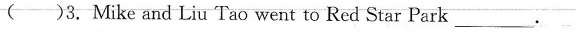
( )3. Mike and Liu Tao went to Red Star Park___.